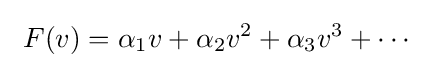
\ F(v)=\alpha _{1}v+\alpha _{2}v^{2}+\alpha _{3}v^{3}+\cdots \